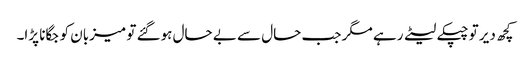
کچھ دیر تو چپکے لیٹے رہے مگر جب حال سے بے حال ہوگئے تو میزبان کو جگانا پڑا۔